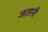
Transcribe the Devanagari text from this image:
जतानी